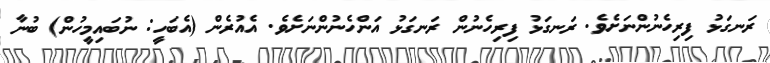
ރަނގަޅު ފިރިހެނުންނަށެވެ. ރަނގަޅު ފިރިހެނުން ރަނގަޅު އަންހެނުންނަށެވެ. އެއުރެން (އެބަހީ: ނުބައިމީހުން) ބުނާ